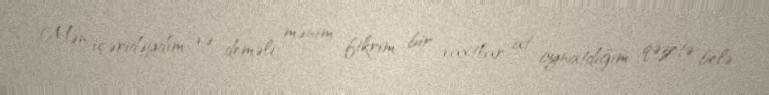
Mən içəridəydim və deməli, mənim fikrim bir vaxtlar at oynatdığım qəzetə belə